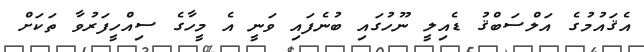
އެޤައުމުގެ އަލްސަބްޤު ޑެއިލީ ނޫހުގައި ބުނެފައި ވަނީ އެ މީހާގެ ސިއްހީފަރުވާ ތަކަށް